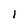
Character: 1